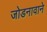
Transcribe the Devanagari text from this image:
जोडनावाने